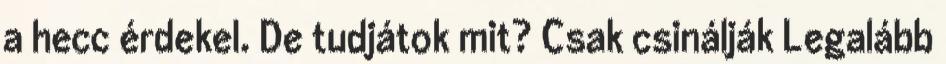
a hecc érdekel. De tudjátok mit? Csak csinálják Legalább